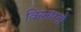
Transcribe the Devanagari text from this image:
विस्तारतो